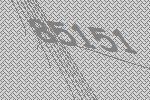
85151